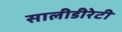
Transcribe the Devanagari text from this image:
सालीडीरेटी